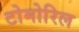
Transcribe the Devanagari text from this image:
टोमोरिल